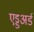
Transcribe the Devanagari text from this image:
एड्डअर्ड